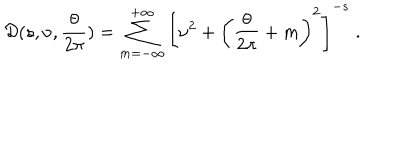
{ \cal D } ( s , \nu , { \frac { \theta } { 2 \pi } } ) = \sum _ { m = - \infty } ^ { + \infty } \left[ \nu ^ { 2 } + \left( { \frac { \theta } { 2 \pi } } + m \right) ^ { 2 } \right] ^ { - s } \; .